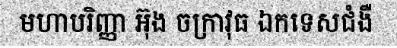
មហាបរិញ្ញា អ៊ុង ចក្រាវុធ ឯកទេសជំងឺ